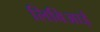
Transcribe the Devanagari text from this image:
लिबिआई